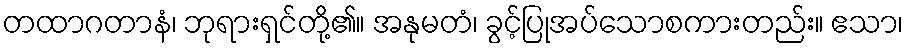
တထာဂတာနံ၊ ဘုရားရှင်တို့၏။ အနုမတံ၊ ခွင့်ပြုအပ်သောစကားတည်း။ ဧသာ၊